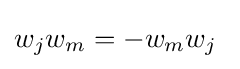
w_{j}w_{m}=-w_{m}w_{j}~